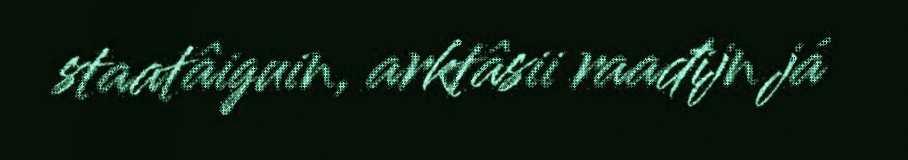
staatâiguin, arktâsii raađijn já